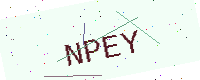
Text: NPEY